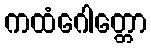
ကထံဂေါတ္တော